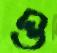
ও